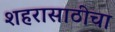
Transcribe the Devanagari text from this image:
शहरासाठीचा